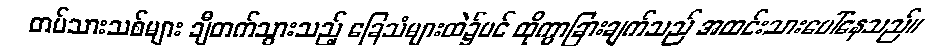
တပ်သားသစ်များ ချီတက်သွားသည့် ခြေသံများထဲ၌ပင် ထိုကွာခြားချက်သည် အထင်းသားပေါ်နေသည်။